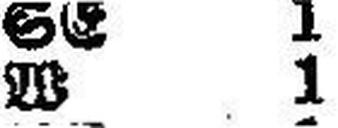
W 1